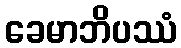
ခေမာဘိပဿံ